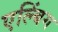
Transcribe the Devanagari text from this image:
एल्बिंग